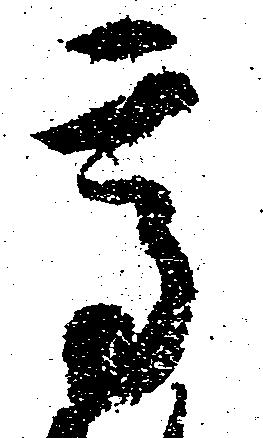
高